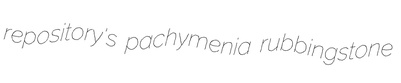
repository's pachymenia rubbingstone